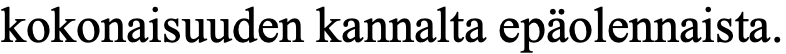
kokonaisuuden kannalta epäolennaista.